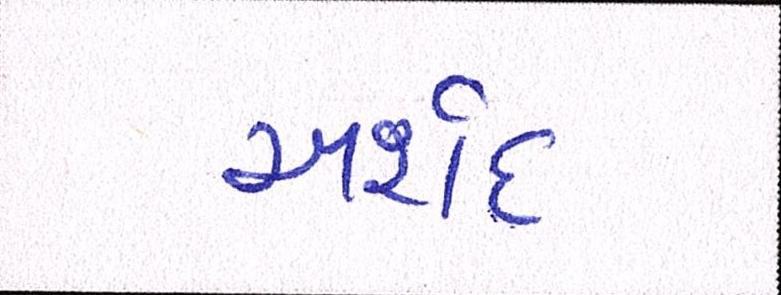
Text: અર્શદ